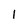
Character: 1